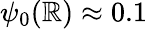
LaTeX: \psi_{0}(\mathbb{R})\approx0.1